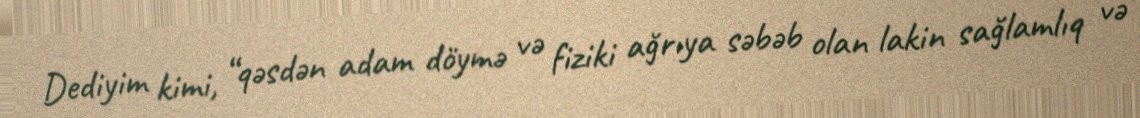
Dediyim kimi, “qəsdən adam döymə və fiziki ağrıya səbəb olan lakin sağlamlıq və